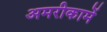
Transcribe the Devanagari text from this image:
अमरीकामें